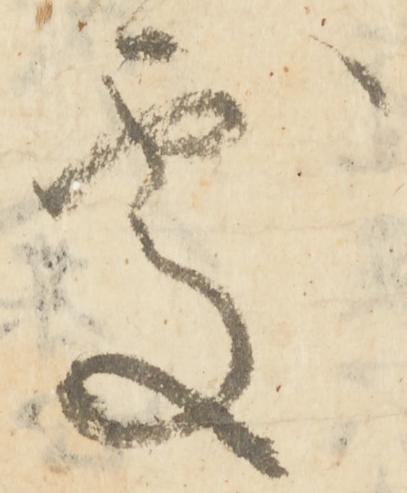
処